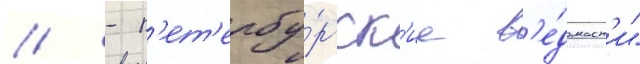
// - п'ет'ербу́ргск'ие в'е́домост'и"